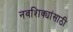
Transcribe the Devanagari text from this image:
नवशिक्यांसाठी